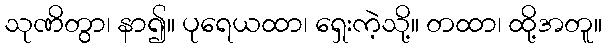
သုဏိတွာ၊ နာ၍။ ပုရေယထာ၊ ရှေးကဲ့သို့။ တထာ၊ ထို့အတူ။